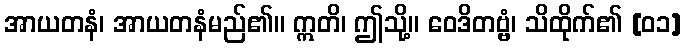
အာယတနံ၊ အာယတနံမည်၏။ ဣတိ၊ ဤသို့။ ဝေဒိတဗ္ဗံ၊ သိထိုက်၏ [၀၁]